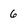
Character: 6